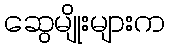
ဆွေမျိုးများက